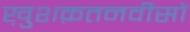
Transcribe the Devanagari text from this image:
ख़ुशक़तनवीसों